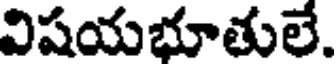
విషయభూతులే.